Black-water fever - Number 35
Disease focus: Fever
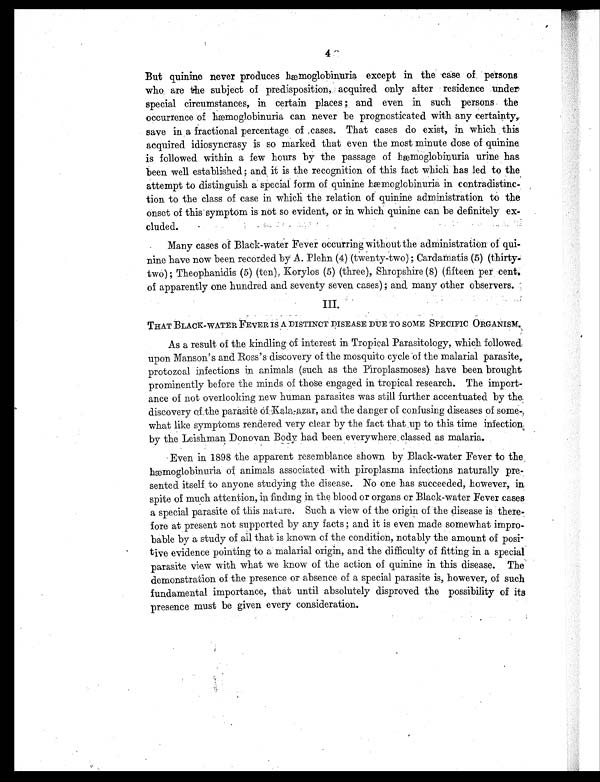
4
But quinine never produces hæmoglobinuria except in the case of. persons
who are the subject of predisposition, acquired only after residence under
special circumstances, in certain places ; and even in such persons . the
occurrence of hæmogiobinuria can never be prognosticated with any certainty,.
save in a fractional percentage of ,cases. That cases do exist, in which this
acquired idiosyncrasy is so marked that even the most minute dose of quinine
is followed within a few hours by the passage of hæmoglobinuria urine has
been well established; and it is the recognition of this fact which has led to the
attempt to distinguish a special form of quinine hæmoglobinuria in contradistinc-
tion to the class of case in which the relation of quinine administration to the
onset of this symptom is not so evident, or in which quinine can be definitely ex-
cluded.
Many cases of Black-water Fever occurring without the administration of qui-
nine have now been recorded by A. Plehn (4) (twenty-two); Cardamatis (5) (thirty.
two) ; Theophanidis (5) (ten), Korylos (5) (three), Shropshire (8) (fifteen per cent
of apparently one hundred and seventy seven cases) and many other observers.
III.
THAT BLACK-WATER FEVER IS A DISTINCT DISEASE DUE TO SOME SPECIFIC ORGANISM.
As a result of the kindling of interest in Tropical Parasitology, which followed
upon Manson's and Ross's discovery of the mosquito cycle of the malarial parasite,.
protozoal infections in animals (such as the Piroplasmoses) have been brought
prominently before the minds of those engaged in tropical research. The import-
ance of not overlooking new human parasites was still further accentuated by the
discovery of the parasite of Kala-azar, and the danger of confusing diseases of some-
what like symptoms rendered very clear by the fact that up to this time infection
by the Leishman Donovan Body, had been everywhere classed as malaria.
Even in 1898 the apparent resemblance shown by Black-water Fever to the
hæmoglobinuria of animals associated with piroplasma infections naturally pre-
sented itself to anyone studying the disease. No one has succeeded, however, in-
spite of much attention, in finding in the blood or organs or Black-water Fever cases
a special parasite of this nature. Such a view of the origin of the disease is there-
fore at present not supported by any facts ; and it is even made somewhat impro-
bable by a study of all that is known of the condition, notably the amount of posi-
tive evidence pointing to a malarial origin, and the difficulty of fitting in a special
parasite view with what we know of the action of quinine in this disease. The
demonstration of the presence or absence of a special parasite is, however, of such
fundamental importance, that until absolutely disproved the possibility of its
presence must be given every consideration.